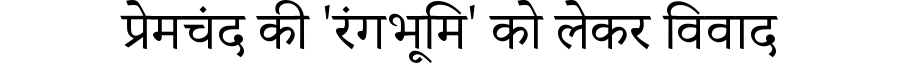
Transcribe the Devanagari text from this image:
प्रेमचंद की 'रंगभूमि' को लेकर विवाद